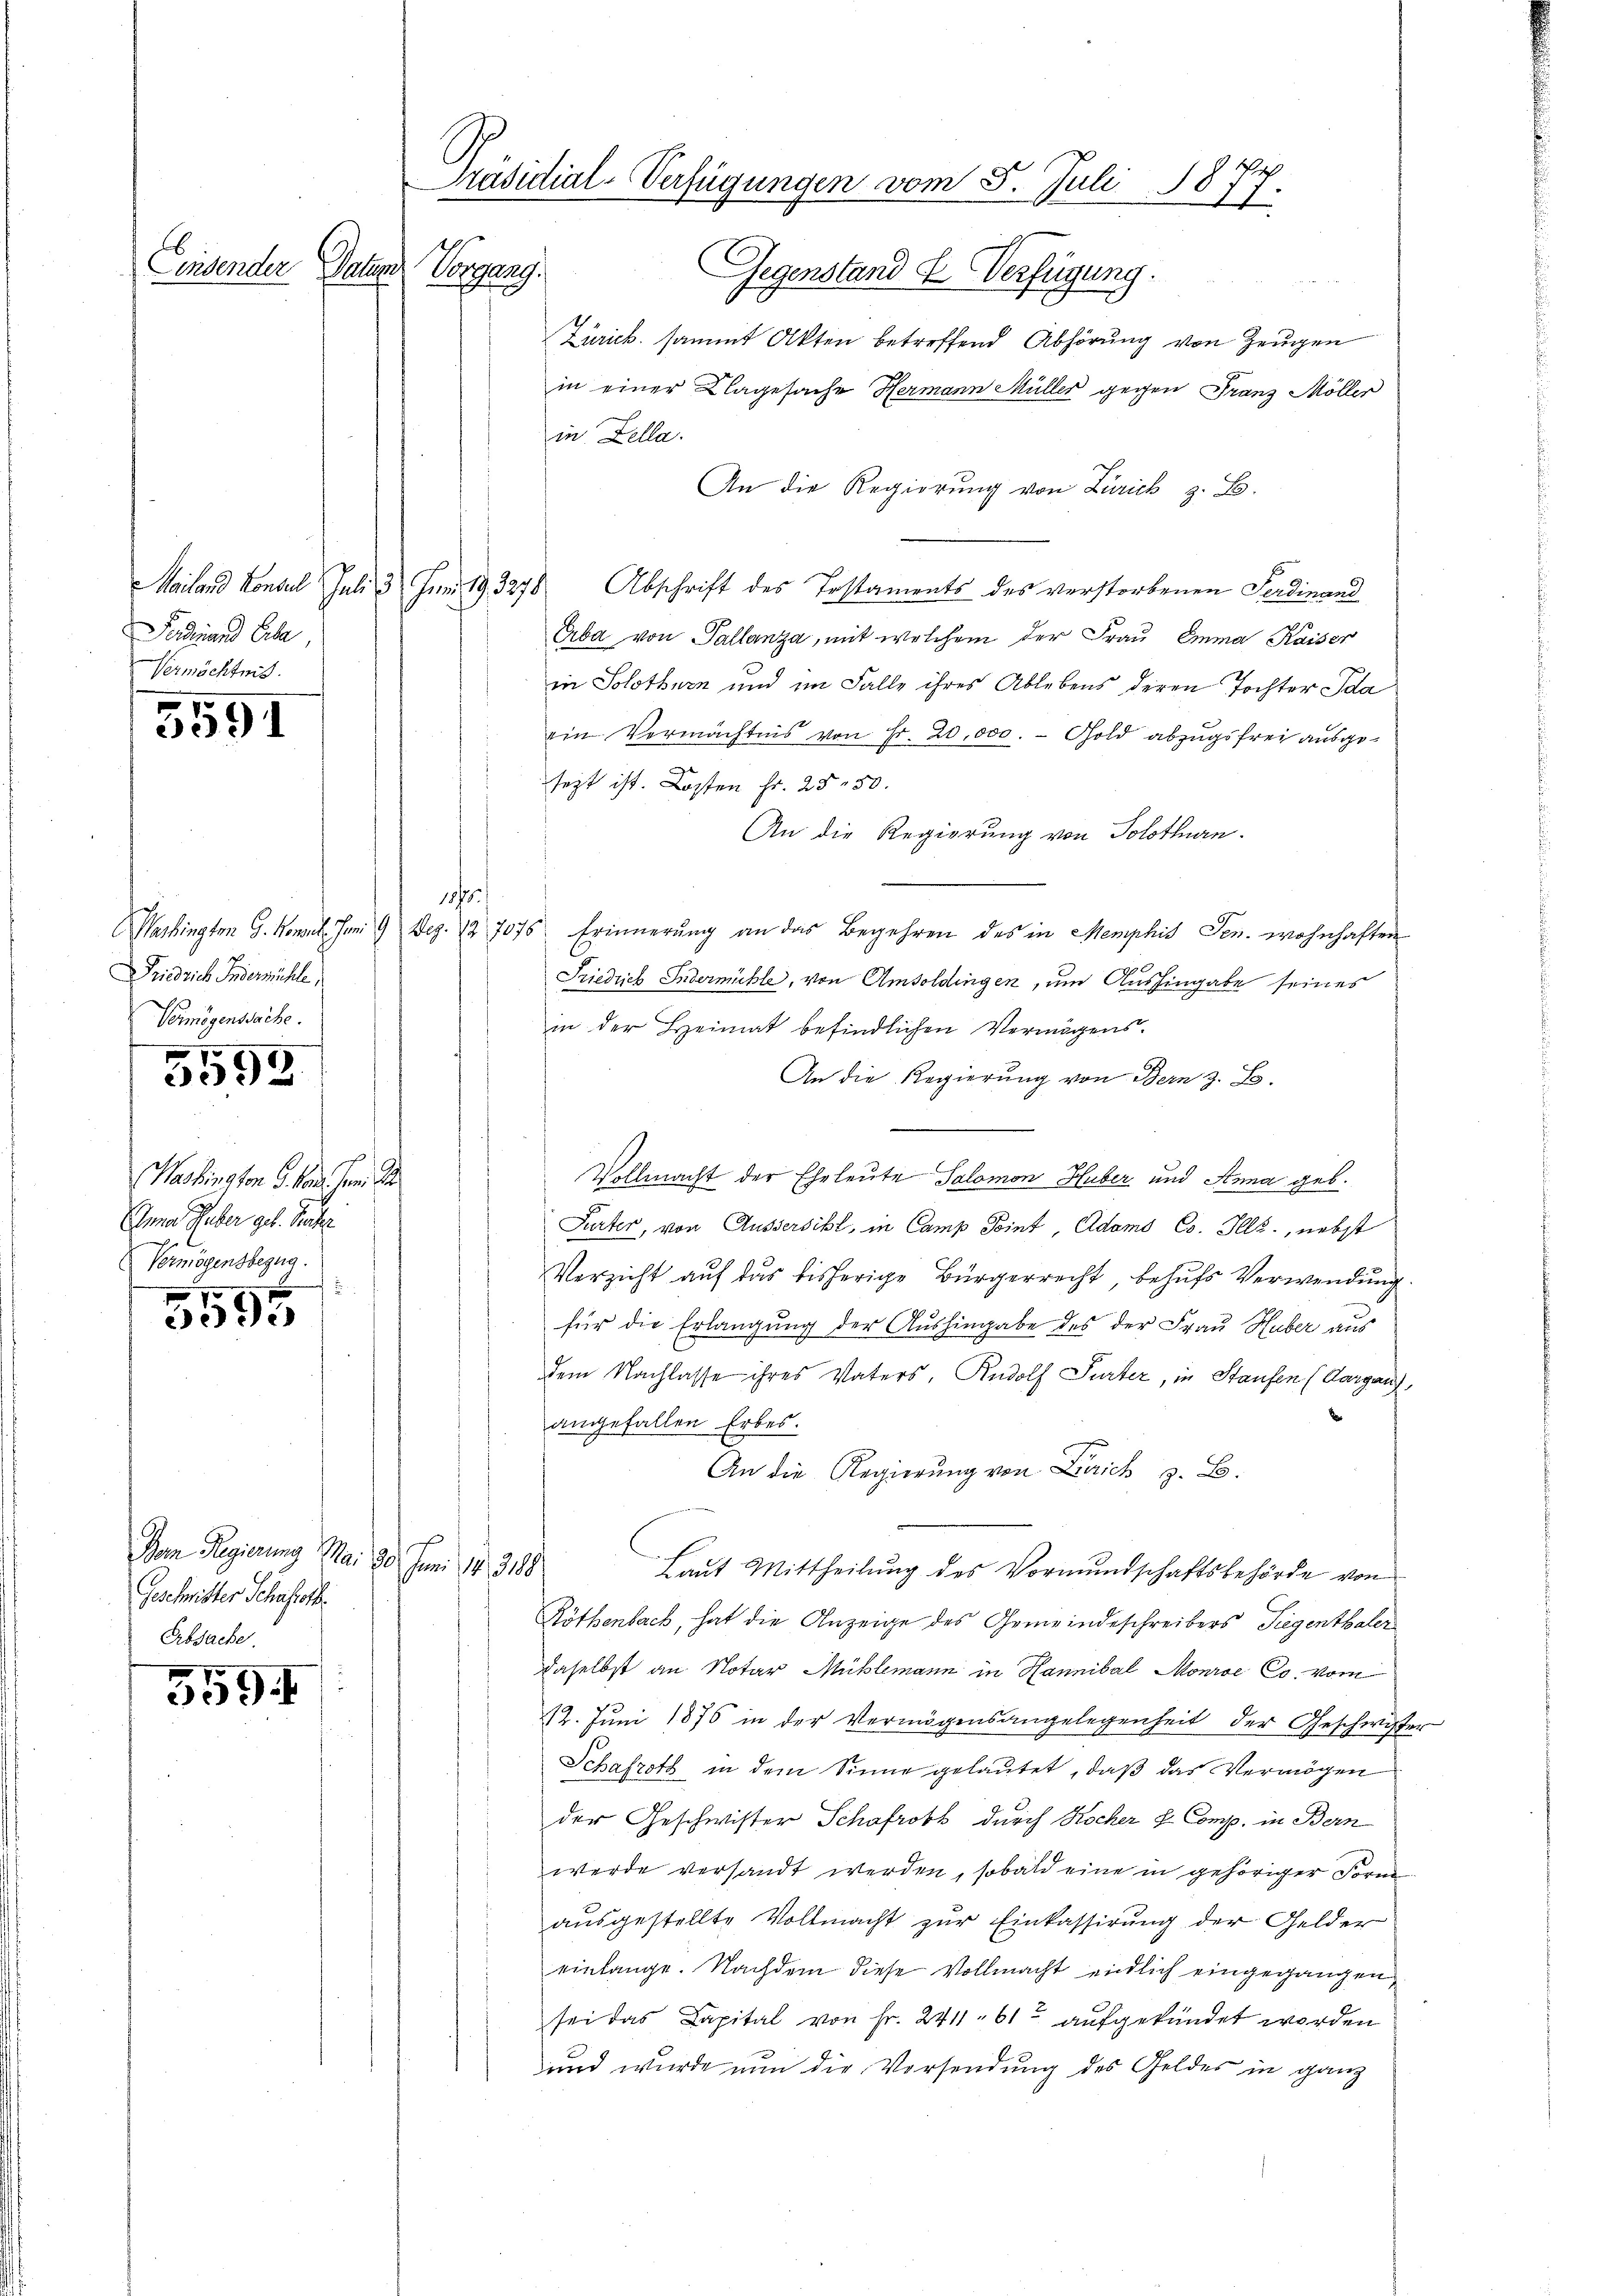
Ferdinand Erbe
Vermächtnis.

7
3091

Friedrich Indermühle,
Vmögenssache.
9

3592

Washington G. vor. Jan. A
Inna Haber geb. Kraf
Vermögensbezug.

3595

Dom Regierung Mai 20. Juni 14. 3188
Geschwister Schafsotb.
Erbsache.

7
339.

Präsidial-Verfügungen vom 5. Juli 1877.
Linsender Paten Vorgang.
Gegenstand u. Verfügung.

Zürich sammt Akten betreffend Abhörung von Zeugen
in einer Klagesache Hermann Müller gegen Franz Möller
in Zella.
An die Regierung von Zürich z. B.
Mailand Konsul Juli 3 Juni 193278 Abschrift des Testaments des verstorbenen Ferdinand
Grba von Pallanza, mit welchem der Frau Emma Kaiser
in Solothurn und im Falle ihres Ablebens deren Tochter Ida
ein Vermächtnis von Fr. 20,000. - Gold abzugsfrei ausgesezt ist. Kosten Fr. 2550.
An die Regierung von Solothurn.
1875.
Washingten G. Monat Juni 9 Dez. 12 7075 Erinnerung an das Begehren des in Memphis Gen. wohnhaften
Friedrich Indermühle, von Amtoldingen, um Aushingabe seines
in der Heimat befindlichen Vermögens¬
An die Regierung von Bern z. B.
Vollmacht der Eheleute Salomon Huber und Anna geb.
Furter, von Äussersihl, in Camp Point Adamo Co. Illz., nebst
Verzicht auf das bisherige Bürgerrecht, behufs Verwendung.
für die Erlangung der Aushingabe des der Frau Huber aus
dem Nachlasse ihres Vaters, Rudolf Parter, in Staufen (Aargau,
angefallen Erbes.
An die Regierung von Laich z. B.
E
Laut Mittheilung des Vormundschaftsbehörde von
Röthenbach, hat die Anzeige des Gemeindeschreibers Siegenthaler
daselbst an Notar Mühlemann in Hannibal Monroć Co. vom
12. Juni 1876 in der Vermögensangelegenheit der Geschwiste
Schafroth in dem Sinne gelautet, daβ das Vermögen
der Geschwister Schafrobk durch Kocher L. Comp. in Bern
werde versandt werden, sobald eine in gehöriger Form
ausgestellte Vollmacht zur Einkassirung der Gelder
einlange. Nachdem diese Vollmacht endlich eingegangen,
sei das Capital von Fr. 241, 61 aufgekündet worden
und wurde nun die Vorsendung des Geldes in ganz